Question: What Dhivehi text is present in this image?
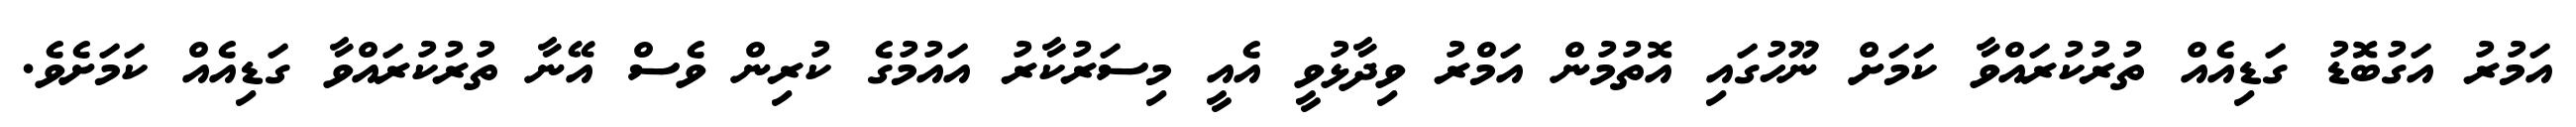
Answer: އަމުރު އަގުބޮޑު ގަޑިއެއް ތުރުކުރައްވާ ކަމަށް ނޫހުގައި އޮތުމުން އަމްރު ވިދާޅުވީ އެއީ މިސަރުކާރު އައުމުގެ ކުރިން ވެސް އޭނާ ތުރުކުރައްވާ ގަޑިއެއް ކަމަށެވެ.